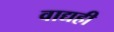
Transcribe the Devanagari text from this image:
वाद्यही